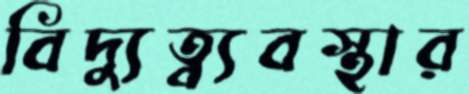
বিদ্যুত্ব্যবস্থার